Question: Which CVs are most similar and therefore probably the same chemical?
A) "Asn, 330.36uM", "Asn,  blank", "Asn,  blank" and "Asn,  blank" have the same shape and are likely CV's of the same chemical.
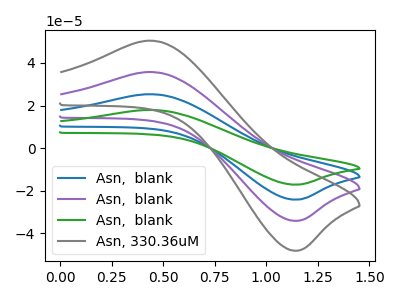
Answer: <think>The blue curve "Asn,  blank" has an anodic peak at (0.45V, 71.40uA) and a cathodic peak at (1.15V, -68.15uA). The purple curve "Asn,  blank" has an anodic peak at (0.45V, 35.70uA) and a cathodic peak at (1.15V, -34.10uA). The green curve "Asn,  blank" has an anodic peak at (0.45V, 107.15uA) and a cathodic peak at (1.15V, -102.25uA). The gray curve "Asn, 330.36uM" has an anodic peak at (0.45V, 50.40uA) and a cathodic peak at (1.15V, -48.10uA).
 All the peaks in "Asn,  blank" have a peak in "Asn,  blank" at the same potential. Every peak in "Asn,  blank" is higher than every peak in "Asn,  blank". All the peaks in "Asn,  blank" have a peak in "Asn,  blank" at the same potential. Every peak in "Asn,  blank" is lower than every peak in "Asn,  blank". All the peaks in "Asn,  blank" have a peak in "Asn, 330.36uM" at the same potential. Every peak in "Asn,  blank" is higher than every peak in "Asn, 330.36uM". All the peaks in "Asn,  blank" have a peak in "Asn,  blank" at the same potential. Every peak in "Asn,  blank" is lower than every peak in "Asn,  blank". All the peaks in "Asn,  blank" have a peak in "Asn, 330.36uM" at the same potential. Every peak in "Asn,  blank" is lower than every peak in "Asn, 330.36uM". All the peaks in "Asn,  blank" have a peak in "Asn, 330.36uM" at the same potential. Every peak in "Asn,  blank" is higher than every peak in "Asn, 330.36uM".</think>
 <answer>A) "Asn, 330.36uM", "Asn,  blank", "Asn,  blank" and "Asn,  blank" have the same shape and are likely CV's of the same chemical.</answer>
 <eval>A</eval>